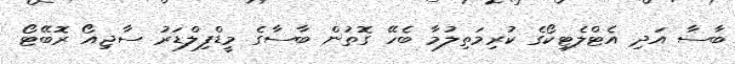
ބާސާ އަދި އެޓްލެޓިކޯގެ ކުރިމަތިލުމާ ބެހޭ ގޮތުން ބާސާގެ މީޑްފިލްޑަރު ސާޖިއޯ ރޮބޭޓޯ